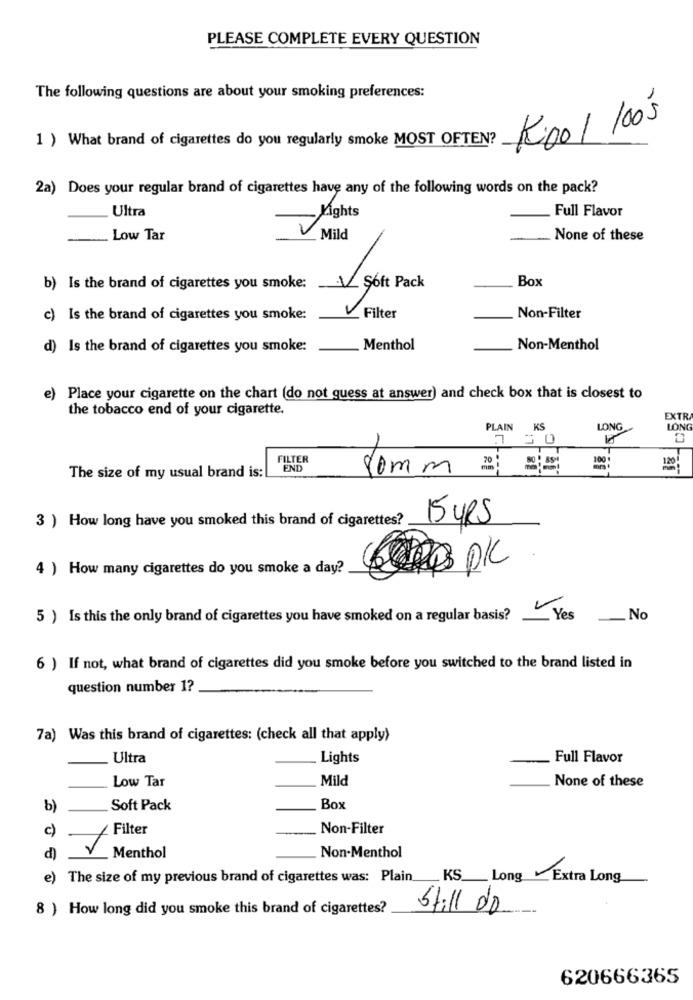
PLEASE COMPLETE EVERY QUESTION
The following questions are about your smoking preferences:
1 ) What brand of cigarettes do you regularly smoke MOST OFTEN?
Kool 1005
2a) Does your regular brand of cigarettes have any of the following words on the pack?
Ultra
Full Flavor
Lights
Low Tar
Mild
None of these
Box
b) Is the brand of cigarettes you smoke:
19the Pack
c) Is the brand of cigarettes you smoke:
Filter
Non-Filter
d) Is the brand of cigarettes you smoke:
Menthol
Non-Menthol
e)
Place your cigarette on the chart (do not guess at answer) and check box that is closest to
the tobacco end of your cigarette.
EXTRA
PLAIN
LI
KS
LONG
LONG
FILTER
END
80mm
20;
100
The size of my usual brand is:
3 ) How long have you smoked this brand of cigarettes?
15 YRS
4 ) How many cigarettes do you smoke a day?
CRO PIC
5 ) Is this the only brand of cigarettes you have smoked on a regular basis?
Yes No
6 ) If not, what brand of cigarettes did you smoke before you switched to the brand listed in
question number 1?
7a) Was this brand of cigarettes: (check all that apply)
Ultra
Lights
Full Flavor
Low Tar
Mild
None of these
b)
Soft Pack
Box
c)
Filter
Non-Filter
d)
Menthol
Non-Menthol
e)
The size of my previous brand of cigarettes was: Plain
KS Long . ExtraLong
8 ) How long did you smoke this brand of cigarettes?
Still do
620666365